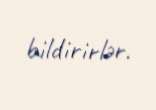
bildirirlər.